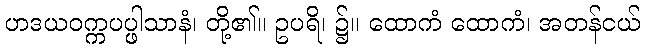
ဟဒယဝက္ကပပ္ဖါသာနံ၊ တို့၏။ ဥပရိ၊ ၌။ ထောကံ ထောကံ၊ အတန်ငယ်